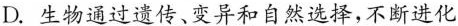
D.生物通过遗传、变异和自然选择，不断进化